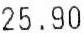
25.90